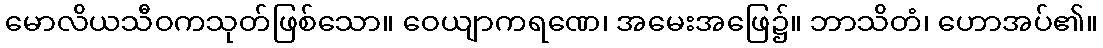
မောလိယသီဝကသုတ်ဖြစ်သော။ ဝေယျာကရဏေ၊ အမေးအဖြေ၌။ ဘာသိတံ၊ ဟောအပ်၏။